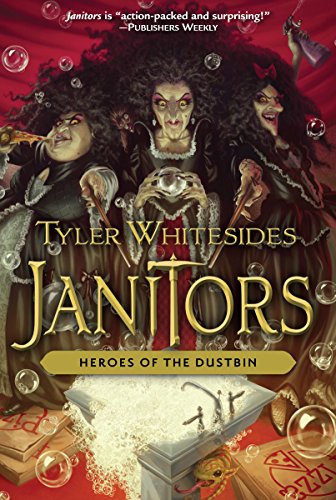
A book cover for Heroes of the Dustbin (Janitors); Tyler Whitesides; Teen & Young Adult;